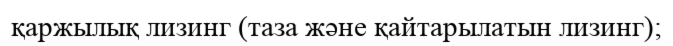
қаржылық лизинг (таза және қайтарылатын лизинг);